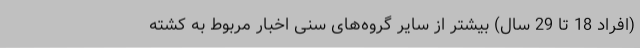
(افراد 18 تا 29 سال) بیشتر از سایر گروه‌های سنی اخبار مربوط به کشته